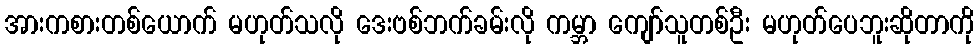
အားကစားတစ်ယောက် မဟုတ်သလို ဒေးဗစ်ဘက်ခမ်းလို ကမ္ဘာ ကျော်သူတစ်ဦး မဟုတ်ပေဘူးဆိုတာကို